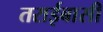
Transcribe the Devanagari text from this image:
तराईबासी